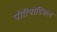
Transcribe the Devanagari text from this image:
पीरियोडिकल